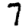
Digit: 7